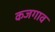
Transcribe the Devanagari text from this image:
कजगाव